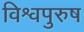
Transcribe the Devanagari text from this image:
विश्वपुरुष